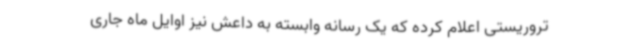
تروریستی اعلام کرده که یک رسانه وابسته به داعش نیز اوایل ماه جاری